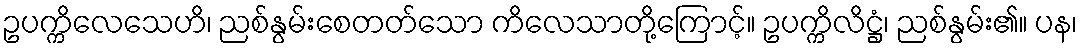
ဥပက္ကိလေသေဟိ၊ ညစ်နွမ်းစေတတ်သော ကိလေသာတို့ကြောင့်။ ဥပက္ကိလိဋ္ဌံ၊ ညစ်နွမ်း၏။ ပန၊